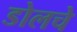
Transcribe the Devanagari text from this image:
डोलचे